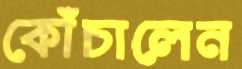
কোঁচালেন